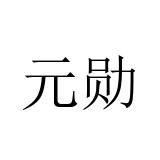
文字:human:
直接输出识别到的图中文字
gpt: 元勋